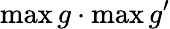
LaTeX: \operatorname*{max}g\cdot\operatorname*{max}g^{\prime}